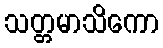
သတ္တမာသိကော